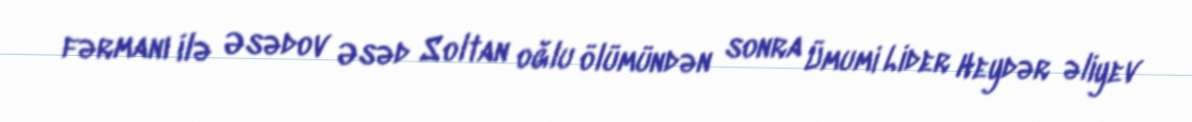
fərmanı ilə Əsədov Əsəd Soltan oğlu ölümündən sonra Ümumi Lider Heydər əliyev